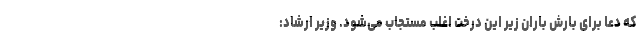
که دعا برای بارش باران زیر این درخت اغلب مستجاب می‌شود. وزیر ارشاد: